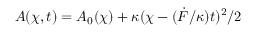
A ( \chi , t ) = A _ { 0 } ( \chi ) + \kappa ( \chi - ( \dot { F } / \kappa ) t ) ^ { 2 } / 2